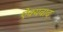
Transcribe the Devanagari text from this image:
ऐक्यवाद